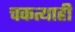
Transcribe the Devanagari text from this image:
चकत्याही